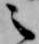
之